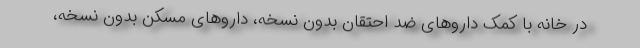
در خانه با کمک داروهای ضد احتقان بدون نسخه، داروهای مسکن بدون نسخه،